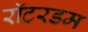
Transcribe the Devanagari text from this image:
रॉटरडम